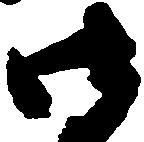
御